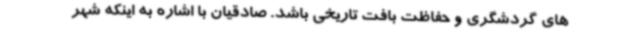
های گردشگری و حفاظت بافت تاریخی باشد. صادقیان با اشاره به اینکه شهر